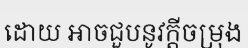
ដោយ អាចជួបនូវក្តីចម្រុង